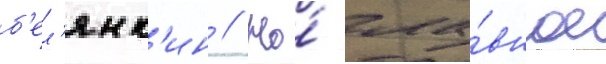
б'ел'янк'ин // Но́ гла́вное